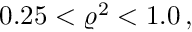
0 . 2 5 < \varrho ^ { 2 } < 1 . 0 \, ,